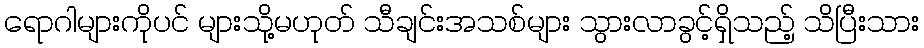
ရောဂါများကိုပင် များသို့မဟုတ် သီချင်းအသစ်များ သွားလာခွင့်ရှိသည့် သိပြီးသား